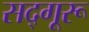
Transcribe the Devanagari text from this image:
सद्गूरू